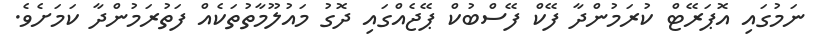
ނަމުގައި އޮޕަރޭޓް ކުރަމުންދާ ފޭކް ފޭސްބުކް ޕޭޖެއްގައި ދޮގު މައުލޫމާތުތަކެއް ފަތުރަމުންދާ ކަމަށެވެ.